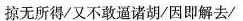
掠无所得/又不敢道诸胡/因即解去/